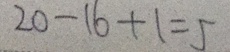
2 0 - 1 6 + 1 = 5